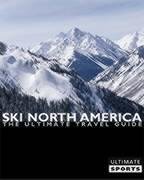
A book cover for Ski North America: The Ultimate Travel Guide; David Holyoak; Sports & Outdoors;